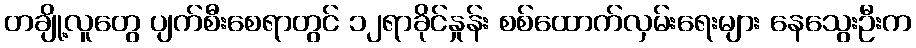
တချို့လူတွေ ပျက်စီးစေရာတွင် ၁၂ရာခိုင်နှုန်း စစ်ထောက်လှမ်းရေးများ နေသွေးဦးက